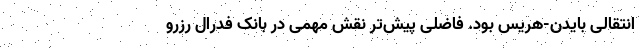
انتقالی بایدن-هریس بود. فاضلی پیش‌تر نقش مهمی در بانک فدرال رزرو